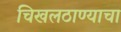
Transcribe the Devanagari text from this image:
चिखलठाण्याचा